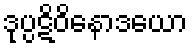
ဒုပ္ပဋိဝိနောဒယော